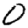
Digit: 0